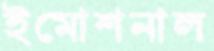
ইমোশনাল